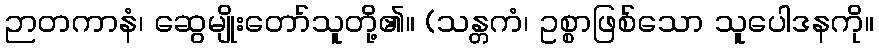
ဉာတကာနံ၊ ဆွေမျိုးတော်သူတို့၏။ (သန္တကံ၊ ဥစ္စာဖြစ်သော သူပေါဒနကို။